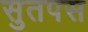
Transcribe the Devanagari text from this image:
सुतपस